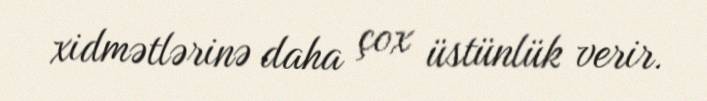
xidmətlərinə daha çox üstünlük verir.